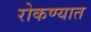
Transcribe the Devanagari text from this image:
रोकण्यात